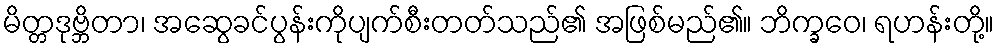
မိတ္တဒုဗ္ဘိတာ၊ အဆွေခင်ပွန်းကိုပျက်စီးတတ်သည်၏ အဖြစ်မည်၏။ ဘိက္ခဝေ၊ ရဟန်းတို့။